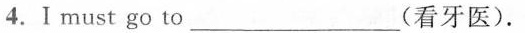
4.Ⅰmust go to____(看牙医).